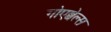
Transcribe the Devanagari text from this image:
गोएब्बेल्स